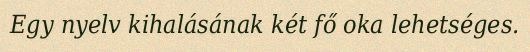
Egy nyelv kihalásának két fő oka lehetséges.